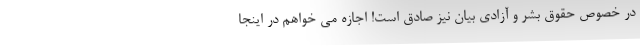
در خصوص حقوق بشر و آزادی بیان نیز صادق است! اجازه می خواهم در اینجا